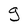
Character: g